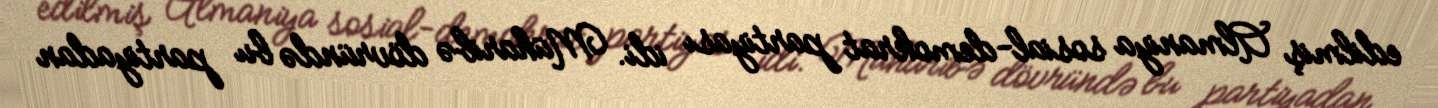
edilmiş Almaniya sosial-demokrat partiyası idi. Müharibə dövründə bu partiyadan